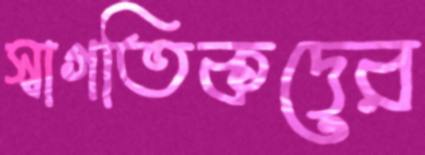
স্বাগতিকদের